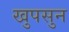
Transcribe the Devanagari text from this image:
खुपसुन